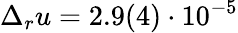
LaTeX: \Delta_{r}u=2.9(4)\cdot 10^{-5}